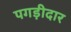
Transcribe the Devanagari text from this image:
पगड़ीदार